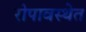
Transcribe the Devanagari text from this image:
रोपावस्थेत